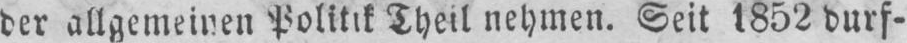
der allgemeinen Politik Theil nehmen. Seit 1852 durf⸗